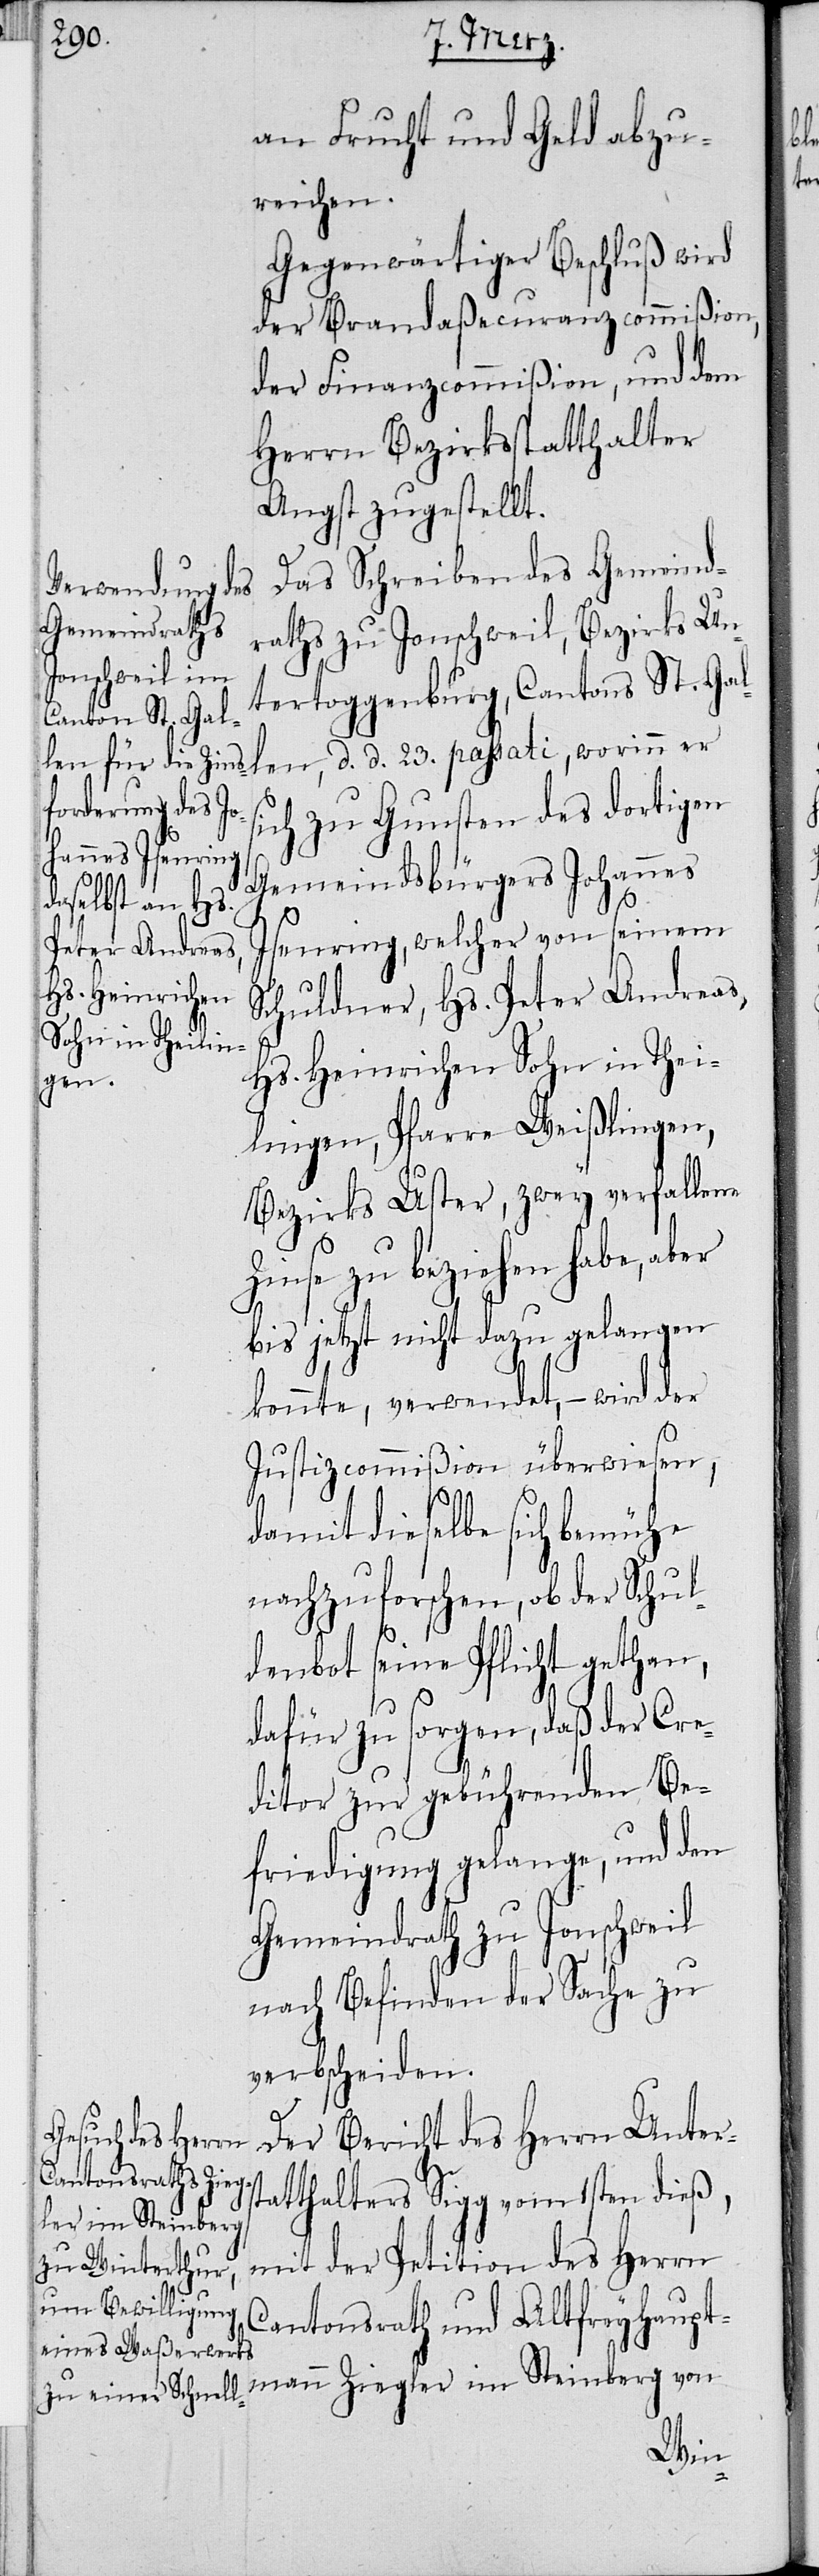
an Frucht und Geld abzu¬
reichen.
Gegenwärtiger Beschluß wird
der Brandaßecuranzcommißion,
der Finanzcommißion und dem
Herrn Bezirksstatthalter
Angst zugestellt.
Das Schreiben des Gemeind¬
raths zu Jonschweil, Bezirks Un¬
tertoggenburg, Cantons St. Gal¬
len, d. d. 23. passati, worinn er
ich zu Gunsten des dortigen
Gemeindsbürgers Johannes
Isenring, welcher von seinem
Schuldner, Hs. Peter Andreas,
Hs. Heinrichen Sohn, in Thei¬
lingen, Pfarre Weißlingen,
Bezirks Uster, zwey verfallene
Zinse zu beziehen habe,
bis jetzt nicht dazu gelangen
konnte, verwendet, – wird der
Justizcommißion überwiesen,
s¬
damit dieselbe sich bemühe
nachzuforschen, ob der Schul¬
denbot seine Pflicht gethan,
dafür zu sorgen, daß der Cre¬
ditor zur gebührenden Be¬
friedigung gelange, und den
Gemeindrath zu Jonschweil
nach Befinden der Sache zu
verbscheiden.
Der Bericht des Herrn Unters¬
tatthalters Sigg vom 1sten dieß,
mit der Petition des Herrn
Cantonsrath und Altfreyhaupt¬
mann Ziegler im Steinberg von